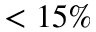
< 1 5 \%